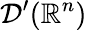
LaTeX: {\mathcal{D}}^{\prime}(\mathbb{R}^{n})